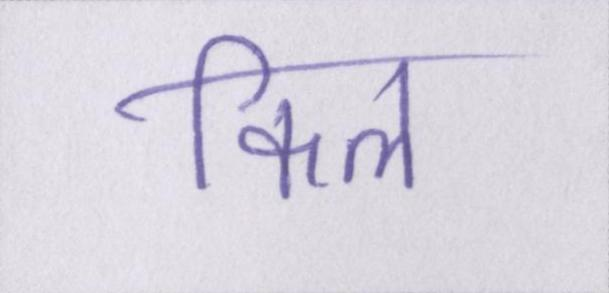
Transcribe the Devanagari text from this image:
किल